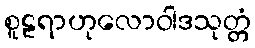
စူဠရာဟုလောဝါဒသုတ္တံ